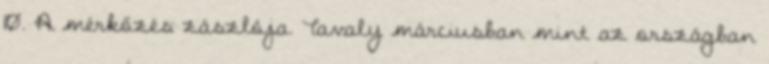
10. A mérkőzés zászlója. Tavaly márciusban mint az országban